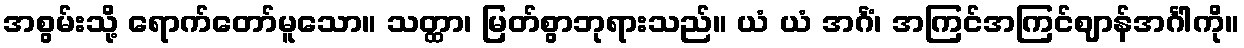
အစွမ်းသို့ ရောက်တော်မူသော။ သတ္ထာ၊ မြတ်စွာဘုရားသည်။ ယံ ယံ အင်္ဂံ၊ အကြင်အကြင်ဈာန်အင်္ဂါကို။